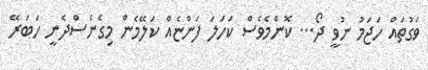
ވަގުތައް ހަޖަމު ނުވީ ދޯ... ކޮންމެވެސް ކަހަލަ ފަންޏެއް ކަލޭމެން މިގެނެސްދެނީ ހަބަރޭ